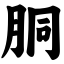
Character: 胴